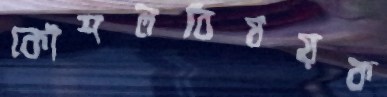
কৌশলবিষয়ক